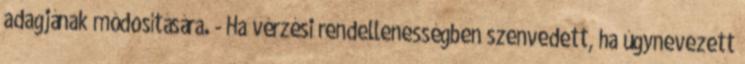
adagjának módosítására. - Ha vérzési rendellenességben szenvedett, ha úgynevezett